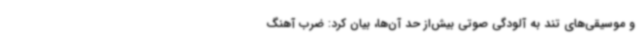
و موسیقی‌های تند به آلودگی صوتی بیش‌از حد آن‌ها، بیان کرد: ضرب آهنگ